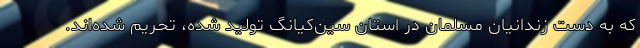
که به دست زندانیان مسلمان در استان سین‌کیانگ تولید شده، تحریم شده‌اند.